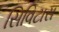
સિવિટાસ